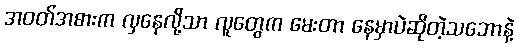
အဝတ်အစားက လှနေလို့သာ လူတွေက မေးတာ နေမှာပဲဆိုတဲ့သဘောနဲ့